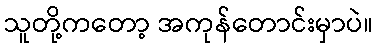
သူတို့ကတော့ အကုန်တောင်းမှာပဲ။